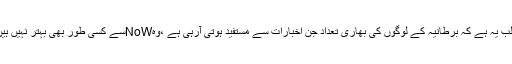
اکانومسٹ کے کہنے کا مطلب یہ ہے کہ برطانیہ کے لوگوں کی بھاری تعداد جن اخبارات سے مستفید ہوتی آرہی ہے ،وہNoWسے کسی طور بھی بہتر نہیں ہیں اور سبھی ایک جیسے ہیں۔